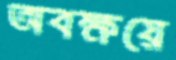
অবক্ষয়ে